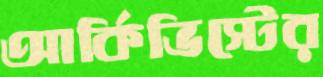
আর্কিভিস্টের